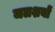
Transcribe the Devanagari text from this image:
जलशयों